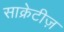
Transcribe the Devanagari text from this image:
साक्रेटीज़